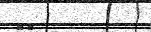
٦٧